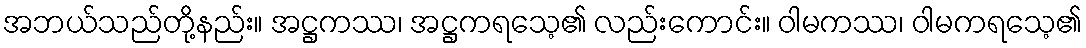
အဘယ်သည်တို့နည်း။ အဋ္ဌကဿ၊ အဋ္ဌကရသေ့၏ လည်းကောင်း။ ဝါမကဿ၊ ဝါမကရသေ့၏